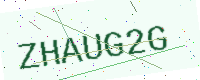
Text: ZHAUG2G